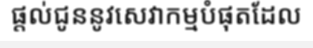
ផ្តល់ជូននូវសេវាកម្មបំផុតដែល